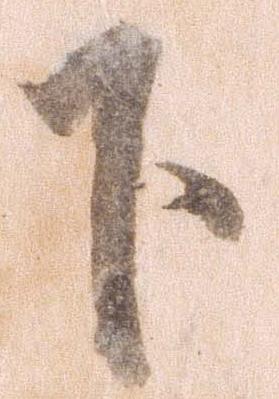
下